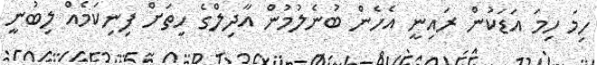
ހިމަ ހިމަ އަޑަކުން ރައިނީ އެހެން ބުނެލުމުން އާދިލްގެ ހިތަށް ފިނިކަމެއް ލިބުނީ